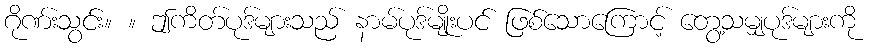
ဂိုဏ်းသွင်း။ ။ ဤကိတ်ပုဒ်များသည် နာမ်ပုဒ်မျိုးပင် ဖြစ်သောကြောင့် တွေ့သမျှပုဒ်များကို